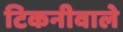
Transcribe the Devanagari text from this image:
टिकनीवाले